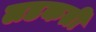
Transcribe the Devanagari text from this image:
लडकती